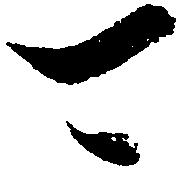
可